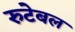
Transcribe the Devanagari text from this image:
रुटेबल